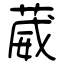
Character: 葳